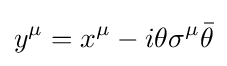
y^{\mu }=x^{\mu }-i\theta \sigma ^{\mu }{\bar {\theta }}